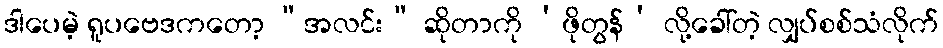
ဒါပေမဲ့ ရူပဗေဒကတော့ “အလင်း” ဆိုတာကို ‘ဖိုတွန်’ လို့ခေါ်တဲ့ လျှပ်စစ်သံလိုက်